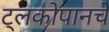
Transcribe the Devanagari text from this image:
ट्लकोपानचे